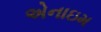
એનાઇમ